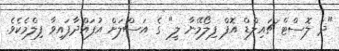
"ދަ ލޮސްޓް ޗައިލްޑް އޮފް ފިލޯމޭނާ ލީ" ގެ އަސްލަށް އުފައްދާފައިވާ ފިލްމެކެވެ.